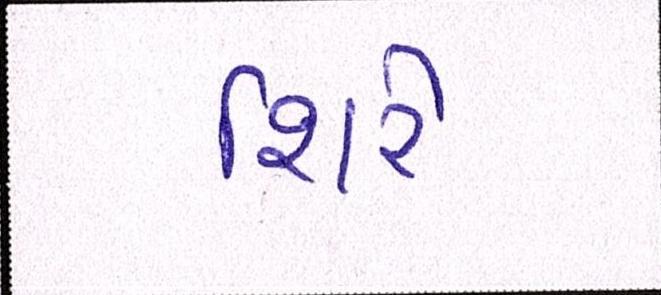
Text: શિરે